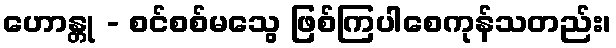
ဟောန္တု - စင်စစ်မသွေ ဖြစ်ကြပါစေကုန်သတည်း၊